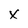
Character: X